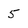
Character: 5